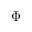
\Phi